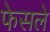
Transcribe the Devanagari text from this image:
फेसले